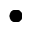
\bullet